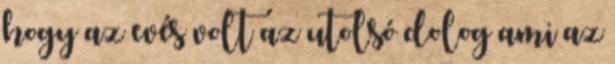
hogy az evés volt az utolsó dolog ami az